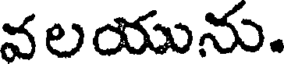
వలయును.